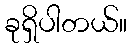
ခုရှိပါတယ်။